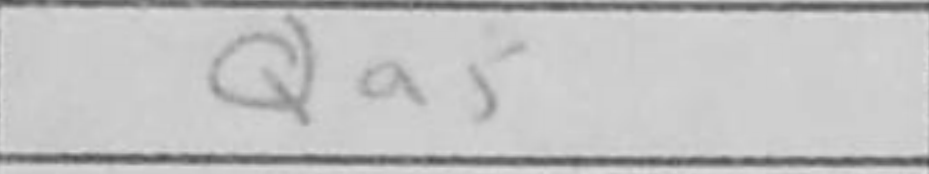
Transcription: Qa5